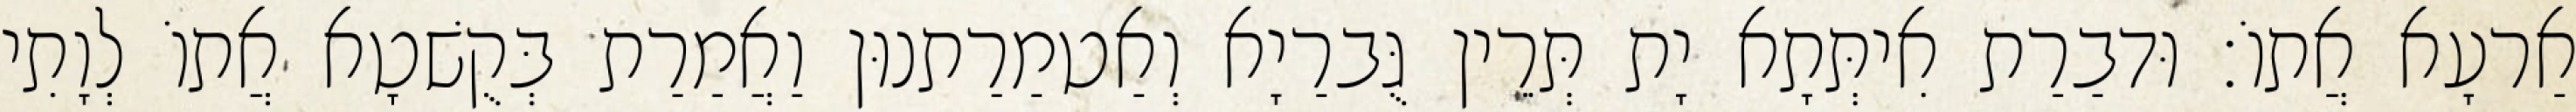
אַרעָא אֲתוֹ׃ וּדבַרַת אִיתְּתָא יָת תְּרֵין גֻּברַיָא וְאַטמַרַתנוּן וַאֲמַרַת בְּקֻשׁטָא אֲתוֹ לְוָתִי